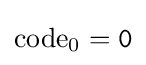
\mathrm {code} _{0}={\mathtt {0}}